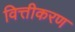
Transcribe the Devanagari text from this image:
वित्तीकरण